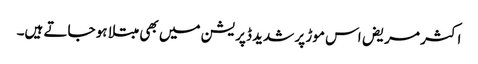
اکثر مریض اس موڑ پر شدید ڈپریشن میں بھی مبتلا ہو جاتے ہیں۔